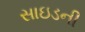
સાઇડની